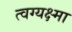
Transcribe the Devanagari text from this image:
त्वग्यक्ष्मा